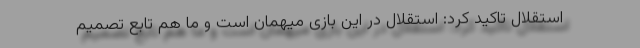
استقلال تاکید کرد: استقلال در این بازی میهمان است و ما هم تابع تصمیم